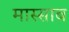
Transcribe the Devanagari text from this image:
मास्साब